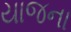
યાજના